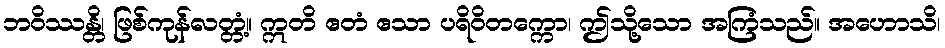
ဘဝိဿန္တိ၊ ဖြစ်ကုန်လတ္တံ့။ ဣတိ ဧတံ ဧသာ ပရိဝိတက္ကော၊ ဤသို့သော အကြံသည်။ အဟောသိ၊